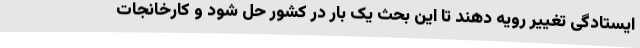
ایستادگی تغییر رویه دهند تا این بحث یک بار در کشور حل شود و کارخانجات